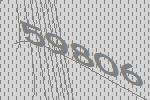
59806